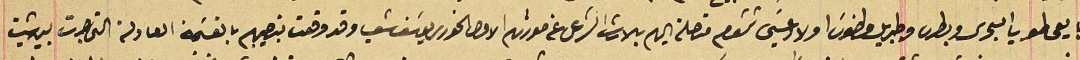
بايعها طوبيا البحرى وبطرس وجبرايل وطنوسَ اولاد عيسَى شمشوم متصلة اليهم بالارث الشرعى عن مورثهم الاول الخورى يوسَف شعيا وقد وقعت بنصيبهم بالقسَمة العادلة التى جرت بين شيت